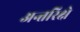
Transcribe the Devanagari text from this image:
अन्तरिक्षे